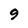
Character: 9